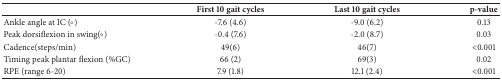
<table><thead><tr><td>[EMPTY_CELL]</td><td><b>First 10 gait cycles </b></td><td><b>Last 10 gait cycles </b></td><td><b>p-value</b></td></tr></thead><tbody><tr><td>Ankle angle at IC (°)</td><td>-7.6 (4.6)</td><td>-9.0 (6.2)</td><td>0.13</td></tr><tr><td>Peak dorsiflexion in swing(°)</td><td>-0.4 (7.6)</td><td>-2.0 (8.7)</td><td>0.03</td></tr><tr><td>Cadence(steps/min)</td><td>49(6)</td><td>46(7)</td><td>&lt;0.001</td></tr><tr><td>Timing peak plantar flexion (%GC)</td><td>66 (2)</td><td>69(3)</td><td>0.02</td></tr><tr><td>RPE (range 6-20)</td><td>7.9 (1.8)</td><td>12.1 (2.4)</td><td>&lt;0.001</td></tr></tbody></table>